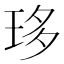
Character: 𤥀